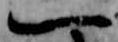
一